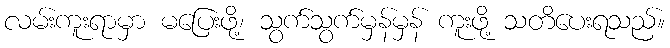
လမ်းကူးရာမှာ မပြေးဖို့၊ သွက်သွက်မှန်မှန် ကူးဖို့ သတိပေးရသည်။